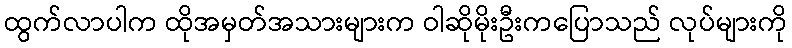
ထွက်လာပါက ထိုအမှတ်အသားများက ဝါဆိုမိုးဦးကပြောသည် လုပ်များကို